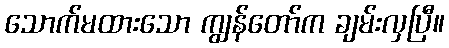
သောက်မထားသော ကျွန်တော်က ချမ်းလှပြီ။